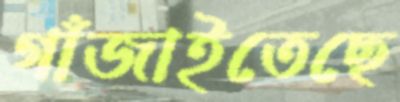
গাঁজাইতেছে